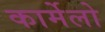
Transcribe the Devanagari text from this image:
कार्मेलो